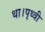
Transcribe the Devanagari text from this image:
था।पृथ्वी